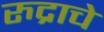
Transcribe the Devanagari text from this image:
रुद्राचे